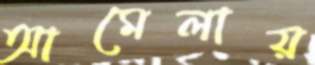
আমেলায়